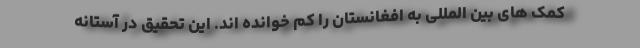
کمک های بین المللی به افغانستان را کم خوانده اند. این تحقیق در آستانه